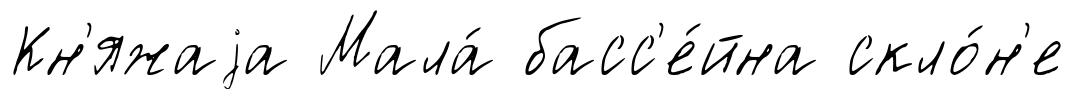
Кн'яжаjа Мала́ басс'е́йна скло́н'е